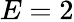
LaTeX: E=2